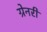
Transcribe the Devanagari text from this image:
ग्रेनरी